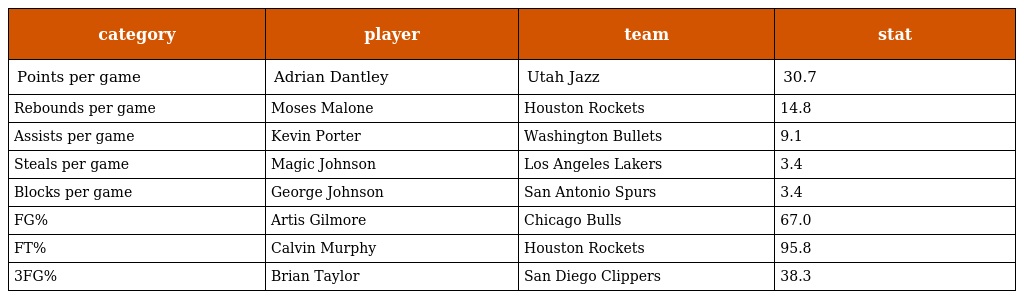
| category | player | team | stat |
 | --- | --- | --- | --- |
 | Points per game | Adrian Dantley | Utah Jazz | 30.7 |
 | Rebounds per game | Moses Malone | Houston Rockets | 14.8 |
 | Assists per game | Kevin Porter | Washington Bullets | 9.1 |
 | Steals per game | Magic Johnson | Los Angeles Lakers | 3.4 |
 | Blocks per game | George Johnson | San Antonio Spurs | 3.4 |
 | FG% | Artis Gilmore | Chicago Bulls | 67.0 |
 | FT% | Calvin Murphy | Houston Rockets | 95.8 |
 | 3FG% | Brian Taylor | San Diego Clippers | 38.3 |